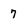
Character: 7